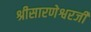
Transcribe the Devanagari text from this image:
श्रीसारणेश्वरजी